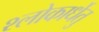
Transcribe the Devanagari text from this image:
श्लोकार्धेतु